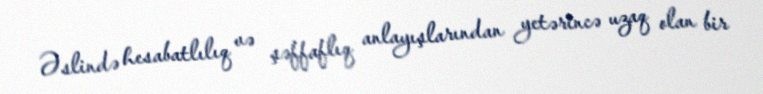
Əslində hesabatlılıq və şəffaflıq anlayışlarından yetərincə uzaq olan bir